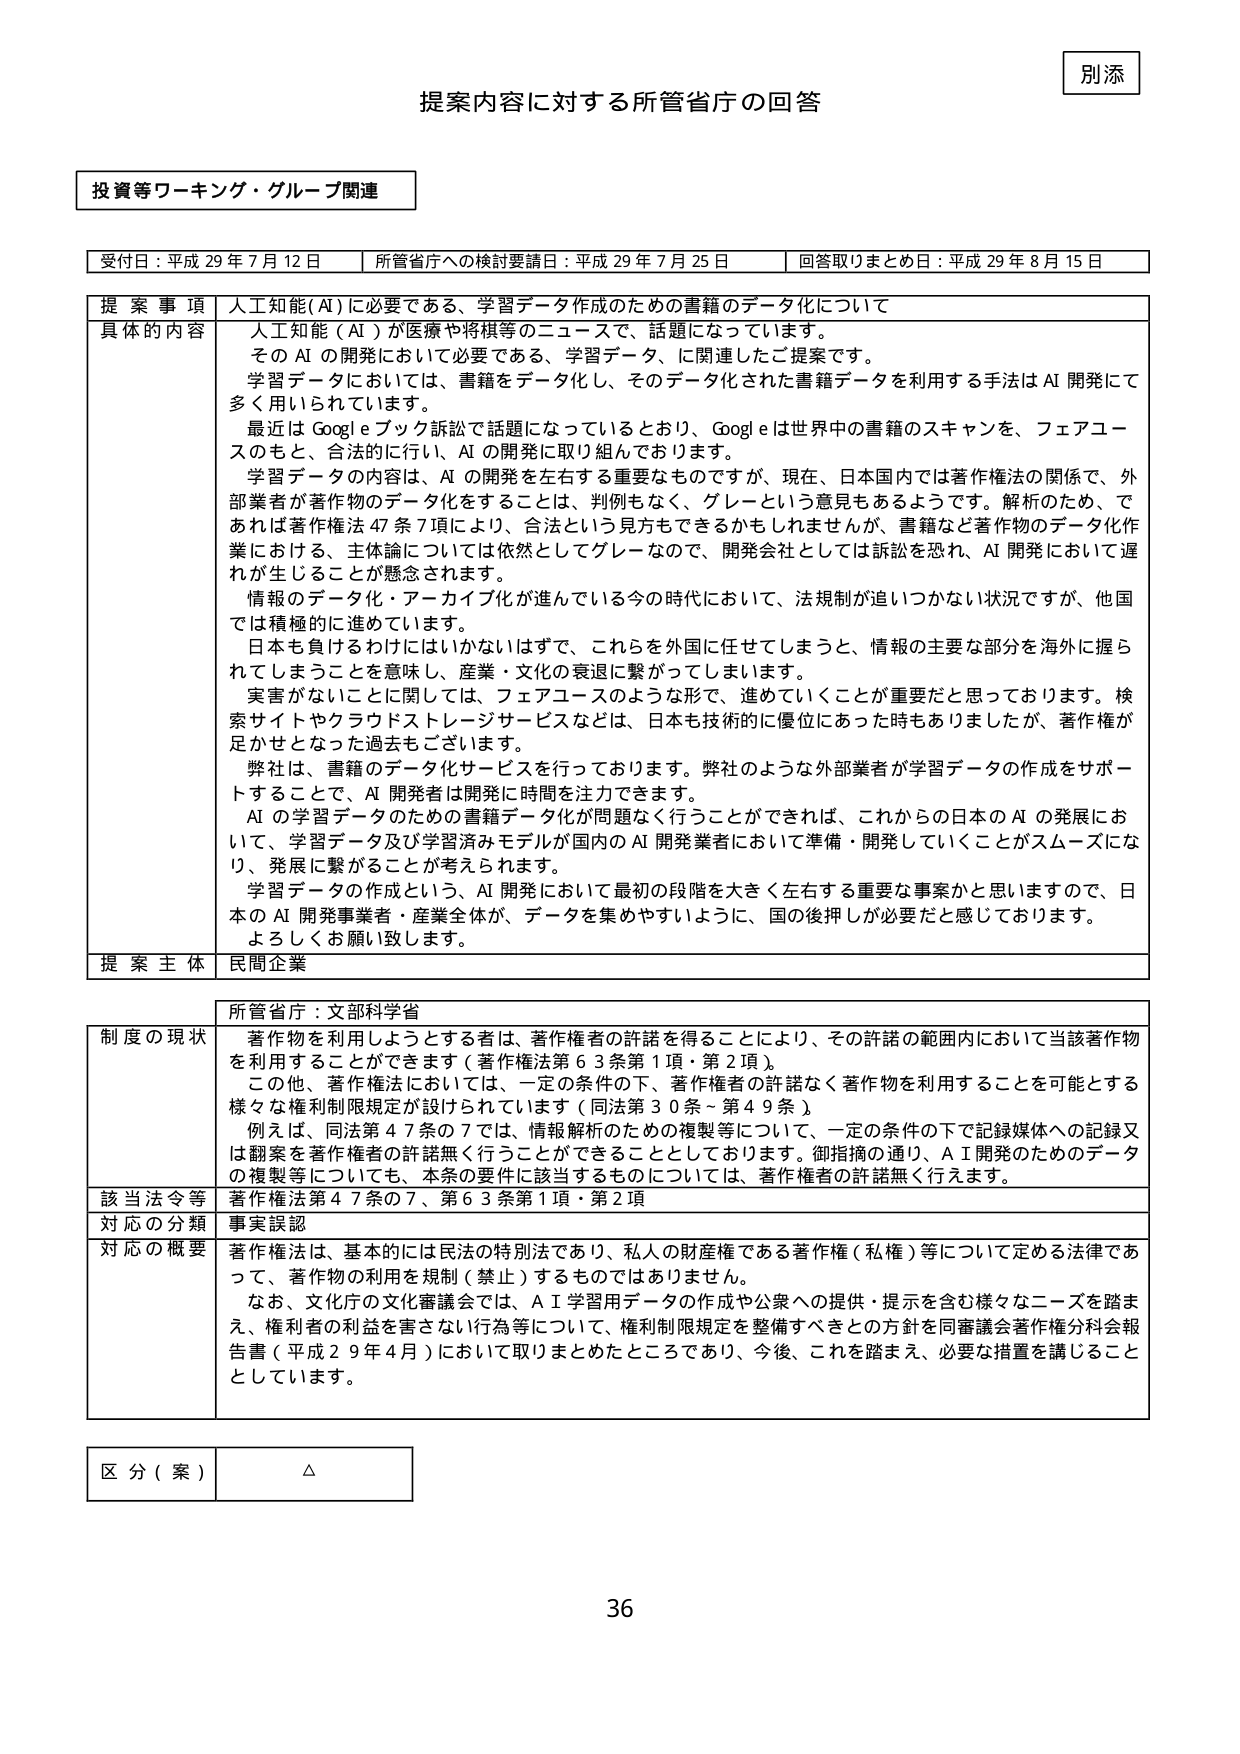
別添

提案内容に対する所管省庁の回答

投資等ワーキング・グループ関連

受付日：平成29年7月12日　　所管省庁への検討要請日：平成29年7月25日　　回答取りまとめ日：平成29年8月15日

提 案 事 項　人工知能（AI）に必要である、学習データ作成のための書籍のデータ化について

具体的 内容　人工知能（AI）が医療や将棋等のニュースで、話題になっています。
　　　　　　そのAIの開発において必要である、学習データ、に関連したご提案です。
　　　　　　学習データにおいては、書籍をデータ化し、そのデータ化された書籍データを利用する手法はAI開発にて
　　　　　　多く用いられています。
　　　　　　最近はGoogleブック訴訟で話題になっているとおり、Googleは世界中の書籍のスキャンを、フェアユースのもと、合法的に行い、AIの開発を取り組んでおります。
　　　　　　学習データの内容は、AIの開発を左右する重要なものですか、現在、日本国内では著作権法の関係で、外部業者が著作物のデータ化をすることは、判例もなく、グレーという意見もあるようです。解析のため、であれば著作権法47条7項により、合法という見方もできるかもしれませんが、書籍など著作物のデータ化作業における、主体論については依然としてグレーなので、開発会社としては訴訟を恐れ、AI開発において遅れが生じることが懸念されます。
　　　　　　情報のデータ化・アーカイブ化が進んでいる今の時代において、法規制が追いつかない状況ですが、他国では積極的に進めています。
　　　　　　日本も負けるわけにはいかないはずで、これらを外国に任せてしまうと、情報の主要な部分を海外に握られてしまうことを意味し、産業・文化の衰退に繋がってしまいます。
　　　　　　実害がないことに関しては、フェアユースのような形で、進めていくことが重要だと思っております。検索サイトやクラウドストレージサービスなどは、日本も技術的に優位にあった時もありましたが、著作権が足かせとなった過去もございます。
　　　　　　弊社は、書籍のデータ化サービスを行っております。弊社のような外部業者が学習データの作成をサポートすることは、AI開発者に時間を注力できます。
　　　　　　AIの学習データのための書籍データ化が問題なく行うことができれば、これからの日本のAIの発展において、学習データ及び学習済みモデルが国内のAI開発業者において準備・開発していくことがスムーズになり、発展に繋がることが考えられます。
　　　　　　学習データの作成という、AI開発において最初の段階を大きく左右する重要な事案かと思いますので、日本のAI開発事業者・産業全体が、データを集めやすいように、国の後押しが必要だと感じております。
　　　　　　よろしくお願い致します。

提 案 主 体　民間企業

所管省庁：文部科学省

制度の現状　著作物を利用しようとする者は、著作権者の許諾を得ることにより、その許諾の範囲内において当該著作物を利用することができます（著作権法第63条第1項・第2項）。
　　　　　　この他、著作権法においては、一定の条件の下、著作権者の許諾なく著作物を利用することができる様々な権利制限規定が設けられています（同法第30条～第49条）。
　　　　　　例えば、同法第47条の7では、情報解析のための複製等について、一定の条件の下で記録媒体への記録又は翻案は著作権者の許諾無く行うことができることとしております。御指摘の通り、AI開発のためのデータの複製等についても、本条の要件に該当するものについては、著作権者の許諾無く行えます。

該当法令等　著作権法第47条の7、第63条第1項・第2項

対応の分類　事実誤認

対応の概要　著作権法は、基本的には民法の特別法であり、私人の財産権である著作権（私権）等について定める法律であって、著作物の利用を規制（禁止）するものではありません。
　　　　　　なお、文化庁の文化審議会では、AI学習用データの作成や公衆への提供・提示を含む様々なニーズを踏まえ、権利者の利益を害さない行為等について、権利制限規定を整備すべきとの方針を同審議会著作権分科会報告書（平成29年4月）において取りまとめたところであり、今後、これを踏まえ、必要な措置を講じることとしています。

区 分（案）　△

36